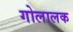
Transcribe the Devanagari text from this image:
गोलालक